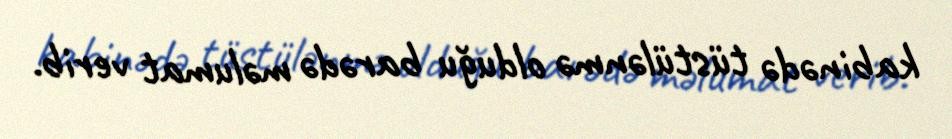
kabinədə tüstülənmə olduğu barədə məlumat verib.